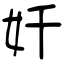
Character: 奷